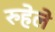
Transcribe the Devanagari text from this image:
रुहेले